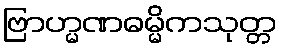
ဗြာဟ္မဏဓမ္မိကသုတ္တ